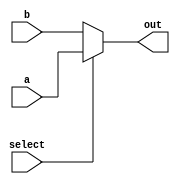
// Chris Kenyon and Brandon Nguyen
// 5 bit 2 to 1 mux

module mux5b2_1 (a, b, select, out);
  input [4:0] a, b;
  input select;
  output reg [4:0] out;
  always @ (a or b or select)
  begin
    if (select == 1)
      out = a;
    else 
      out = b;
  end
endmodule